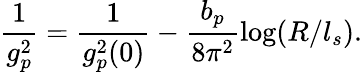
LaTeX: \frac{1}{g_{p}^{2}}=\frac{1}{g_{p}^{2}(0)}-\frac{b_{p}}{8\pi^{2}}\mathrm{log}(R/l_{s}).